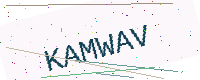
Text: KAMWAV